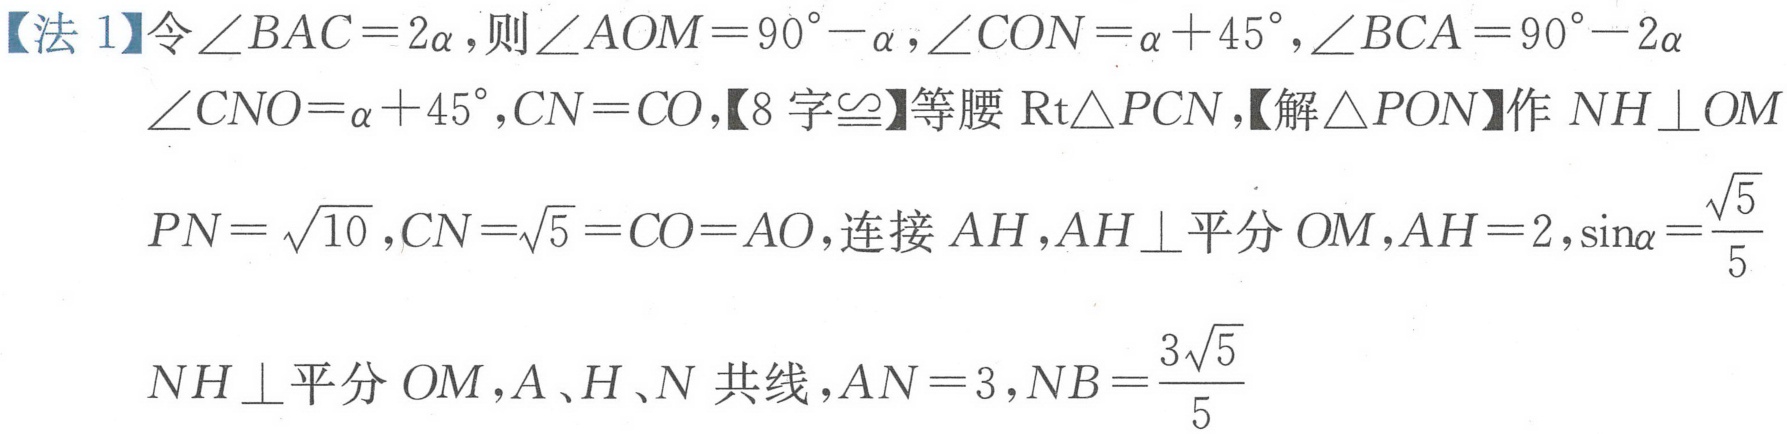
【法 1】令\(\angle BAC = 2\alpha\)，则\(\angle AOM = 90^{\circ}-\alpha\)，\(\angle CON=\alpha + 45^{\circ}\)，\(\angle BCA = 90^{\circ}-2\alpha\)
\(\angle CNO=\alpha + 45^{\circ}\)，\(CN = CO\)，【8 字\(\cong\)】等腰\(\text{Rt}\triangle PCN\)，【解\(\triangle PON\)】作 \(NH\perp OM\)
\(PN = \sqrt{10}\)，\(CN=\sqrt{5}=CO = AO\)，连接 \(AH\)，\(AH\perp\)平分 \(OM\)，\(AH = 2\)，\(\sin\alpha=\frac{\sqrt{5}}{5}\)
\(NH\perp\)平分 \(OM\)，\(A、H、N\) 共线，\(AN = 3\)，\(NB=\frac{3\sqrt{5}}{5}\)